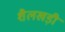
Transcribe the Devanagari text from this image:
शैलखड़ी